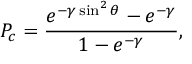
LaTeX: P _ { c } = { \frac { e ^ { - \gamma \sin ^ { 2 } \theta } - e ^ { - \gamma } } { 1 - e ^ { - \gamma } } } ,